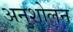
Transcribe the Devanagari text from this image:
अनुशोलन